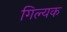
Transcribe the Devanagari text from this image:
गिल्यक